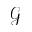
\mathcal { G }